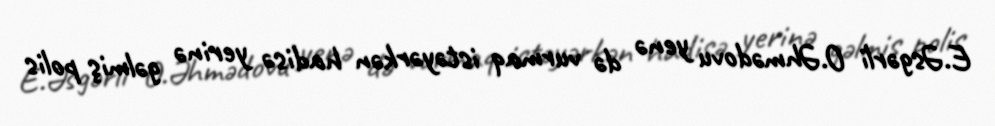
E.Əsgərli O.Əhmədovu yenə də vurmaq istəyərkən hadisə yerinə gəlmiş polis